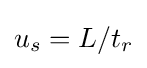
u_{s}=L/t_{r}